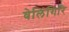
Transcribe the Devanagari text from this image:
वेलिंगिरि